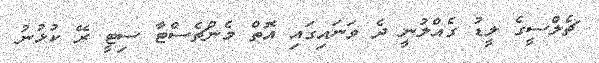
ޗެލްސީގެ ލީޑު ގެއްލުނީ ދެ ވަނައިގައި އޮތް މެންޗެސްޓާ ސިޓީ ރޭ ކުޅުނު